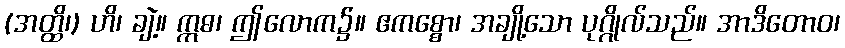
(အတ္ထိ၊) ဟိ၊ ချဲ့။ ဣဓ၊ ဤလောက၌။ ဧကစ္စော၊ အချို့သော ပုဂ္ဂိုလ်သည်။ အာဒိတောဝ၊